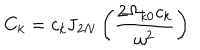
C _ { k } = c _ { k } \mathrm { J } _ { 2 N } \left( \frac { 2 \Omega _ { k 0 } c _ { k } } { \omega ^ { 2 } } \right)